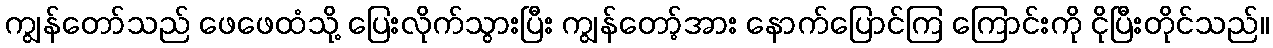
ကျွန်တော်သည် ဖေဖေထံသို့ ပြေးလိုက်သွားပြီး ကျွန်တော့်အား နောက်ပြောင်ကြ ကြောင်းကို ငိုပြီးတိုင်သည်။